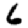
Digit: 6